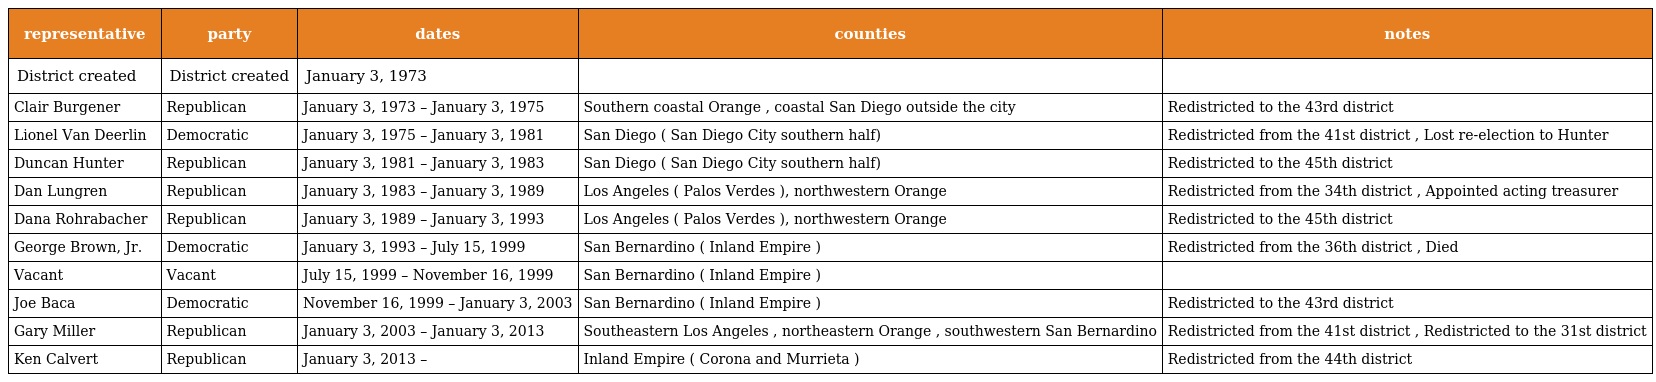
| representative | party | dates | counties | notes |
 | --- | --- | --- | --- | --- |
 | District created | District created | January 3, 1973 |  |  |
 | Clair Burgener | Republican | January 3, 1973 – January 3, 1975 | Southern coastal Orange , coastal San Diego outside the city | Redistricted to the 43rd district |
 | Lionel Van Deerlin | Democratic | January 3, 1975 – January 3, 1981 | San Diego ( San Diego City southern half) | Redistricted from the 41st district , Lost re-election to Hunter |
 | Duncan Hunter | Republican | January 3, 1981 – January 3, 1983 | San Diego ( San Diego City southern half) | Redistricted to the 45th district |
 | Dan Lungren | Republican | January 3, 1983 – January 3, 1989 | Los Angeles ( Palos Verdes ), northwestern Orange | Redistricted from the 34th district , Appointed acting treasurer |
 | Dana Rohrabacher | Republican | January 3, 1989 – January 3, 1993 | Los Angeles ( Palos Verdes ), northwestern Orange | Redistricted to the 45th district |
 | George Brown, Jr. | Democratic | January 3, 1993 – July 15, 1999 | San Bernardino ( Inland Empire ) | Redistricted from the 36th district , Died |
 | Vacant | Vacant | July 15, 1999 – November 16, 1999 | San Bernardino ( Inland Empire ) |  |
 | Joe Baca | Democratic | November 16, 1999 – January 3, 2003 | San Bernardino ( Inland Empire ) | Redistricted to the 43rd district |
 | Gary Miller | Republican | January 3, 2003 – January 3, 2013 | Southeastern Los Angeles , northeastern Orange , southwestern San Bernardino | Redistricted from the 41st district , Redistricted to the 31st district |
 | Ken Calvert | Republican | January 3, 2013 – | Inland Empire ( Corona and Murrieta ) | Redistricted from the 44th district |